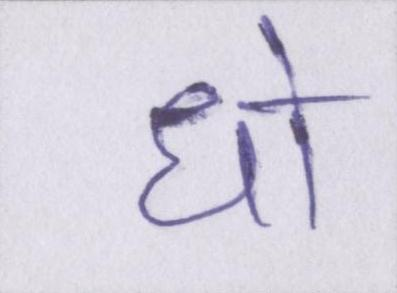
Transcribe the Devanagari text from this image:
धो